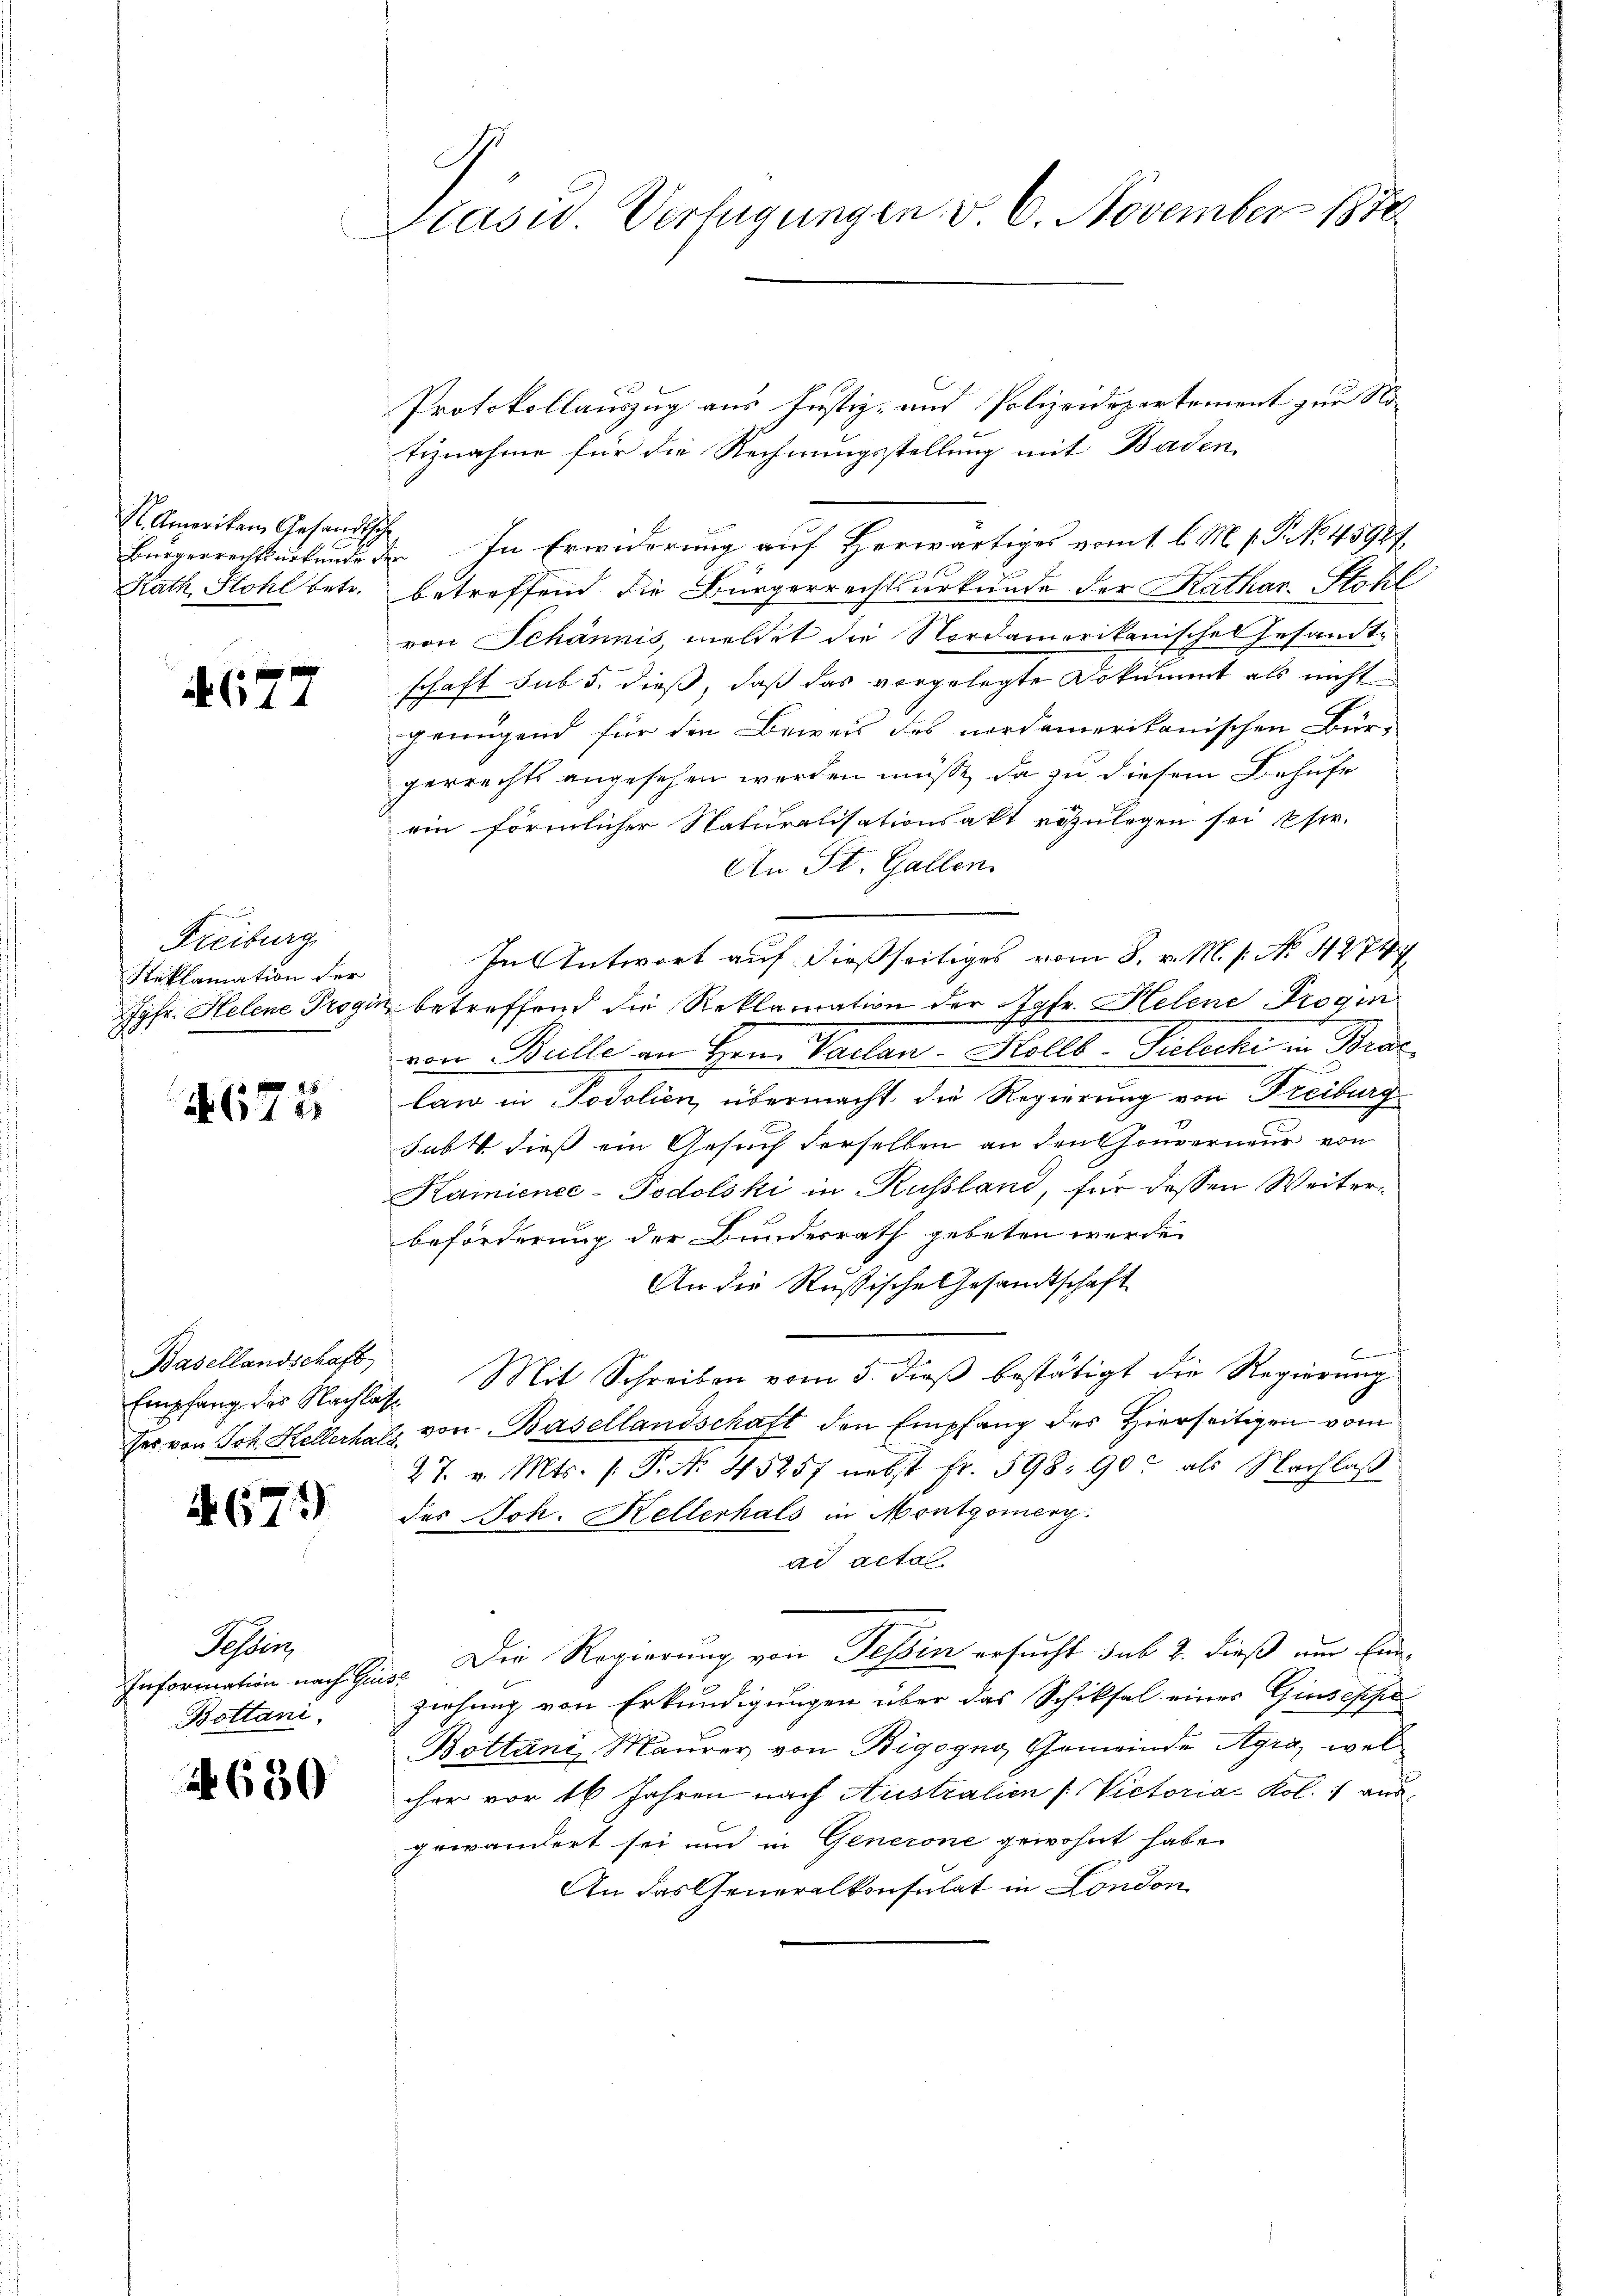
S. Ameriken Gesandtsch
Bürgerrechtsurkunder
Rath Stohl betr.

677

Freiburg
Steklamation der
Jgfr. Helene Progi

§ 88
61x

Basellandschaft

2 (173)

Sassen
Information nach Ein
Bottani

630

.
Präsid. Verfügungen v. 6. November 1870

Protokollauszug aus Justiz- und Polizeidepartement zur No-
tiznahme für die Rechnungsstellung mit Baden,
In Erwiderung auf Herwärtiges vom 1. l. M. v. P. No. 45987.
betreffend die Bürgerrechtsurkunde der Kathar. Stohl
von Schännis, meldet die Nordamerikanisches Gesandte
schaft sub 5. dieß, daß das vorgelegte Dokumet als nicht
genügend für den Beweis des nordamerikanischen Bür-
gerrechts angesehen werden müße, da zu diesem Behufe
rin förmlicher Naturalisationsakt vozulegen sei estr.
An St. Gallen.
In Antwort auf dießseitiges vom 8. v. M. s. No. 42747
betreffend die Reklamation der Jgfr. Helene Progin
von Bulle an Hern Vaclan-Hollb-Sielecke in Brac
law in Todolien, übermacht die Regierung von Freiburg
Jubk dieß ein Gesuch derselben an den Gouverneur von
Kamienec-Podolski in Russland, für dessen Weiterbeförderung der Bundesrath gebeten werde.
An die Rußische Gesandtschaft
n
Empfang der Nachlas Mit Schreiben vom 5. dieβ bestätigt die Regierŭng
her von Joh. Hellerhals von Basellandschaft den Empfang des Hierseitigen vom
27. v. Mts. (: P. Nr. 45257 nebst fr. 598. 90. als Nachlaß
des Joh. Kellerhals in Montgomerg.
ad actal
Die Regierung von Tessin ersucht sub 2. dieß um Eine
ziehung von Erkundigungen über das Schiksal eines Giuseppe
Bottani, Maurer von Bigogno, Gemeinde Agra, welcher vor 16 Jahren nach Australien (Victoria Kol. 1 aus
gewändert sei und in Generone gewohnt habe.
An das Generalkonsulat in London